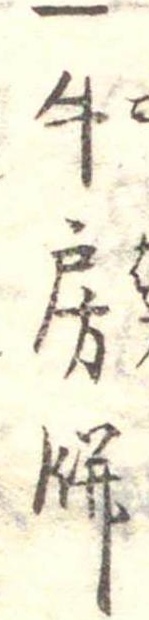
一牛房餅